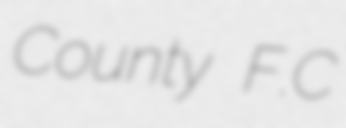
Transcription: County F.C